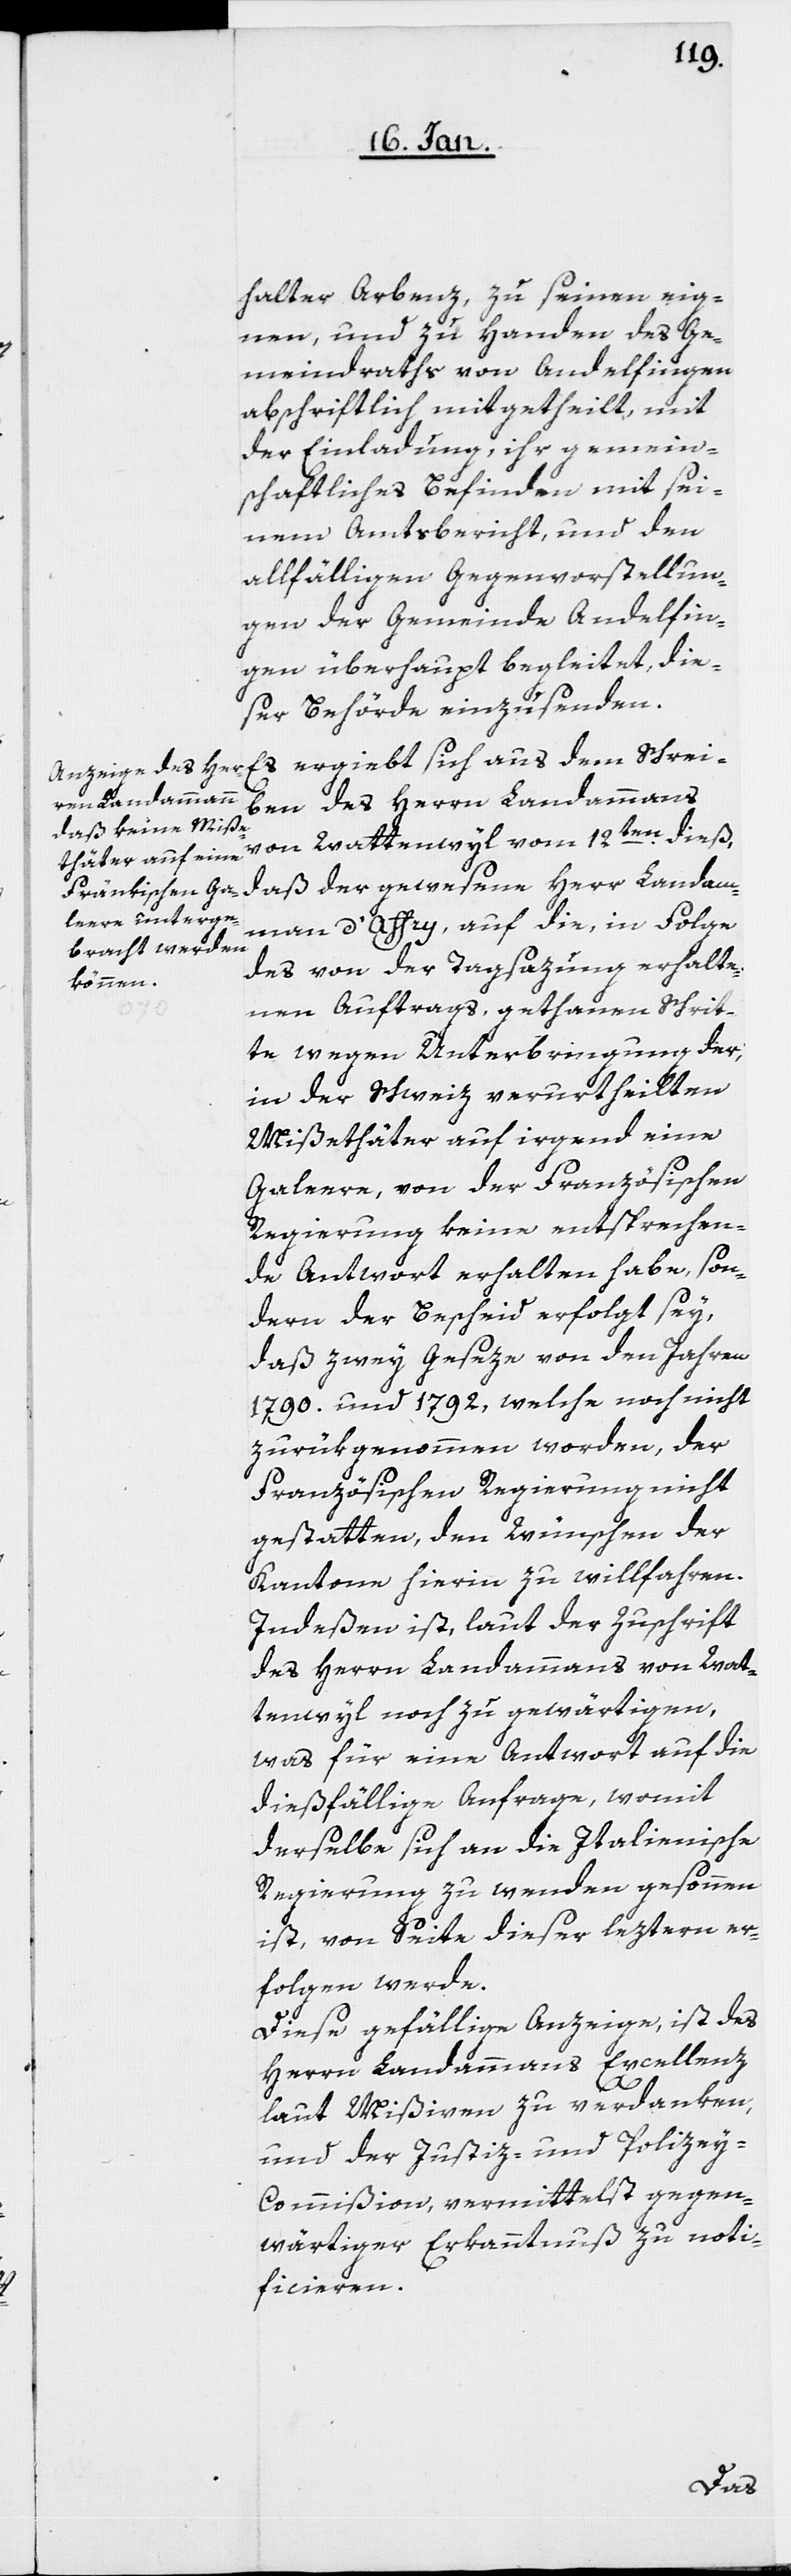
halter Arbenz, zu seinen eig¬
nen, und zu Handen des Ge¬
meindraths von Andelfingen
abschriftlich mitgetheilt, mit
der Einladung, ihr gemein¬
schaftliches Befinden mit sei¬
nem Amtsbericht, und den
allfälligen Gegenvorstellun¬
gen der Gemeinde Andelfin¬
gen überhaupt begleitet, die¬
ser Behörde einzusenden.
Es ergiebt sich aus dem Schrei¬
ben des Herrn Landammanns
von Wattenwyl vom 12ten. dieß,
daß der gewesene Herr Landam¬
mann d’Affry auf die, in Folge
des von der Tagsazung erhalte¬
nen Auftrags, gethanen Schrit¬
te wegen Unterbringung der,
in der Schweiz verurtheilten
Mißethäter auf irgend eine
Galeere, von der Französischen
Regierung keine entsprechen¬
de Antwort erhalten habe, son¬
dern der Bescheid erfolgt sey,
daß zwey Geseze von den Jahren
1790. und 1792, welche noch nicht
zurükgenommen worden, der
Französischen Regierung nicht
gestatten, den Wünschen der
Kantone hierin zu willfahren.
Indeßen ist, laut der Zuschrift
des Herrn Landammanns von Wat¬
tenwyl noch zu gewärtigen,
was für eine Antwort auf die
dießfällige Anfrage, womit
derselbe sich an die Italienische
Regierung zu wenden gesonnen
ist, von Seite dieser leztern er¬
folgen werde.
Diese gefällige Anzeige ist des
Herrn Landammanns Excellenz
laut Mißiven zu verdanken,
und der Justiz- und Polizey-C¬
ommißion vermittelst gegen¬
wärtiger Erkanntnuß zu noti¬
ficieren.